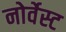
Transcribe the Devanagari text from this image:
नोर्वेस्ट